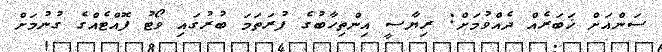
ސަންއަށް ޚަބަރެއް ދެއްވުމަށް: ރިޔާސީ އިންތިހާބުގެ ފުރަތަމަ ބުރުގައި ވޯޓު ފޮއްޓެއްގެ ގުނުމަށް